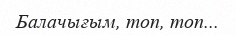
Балачығым, топ, топ...